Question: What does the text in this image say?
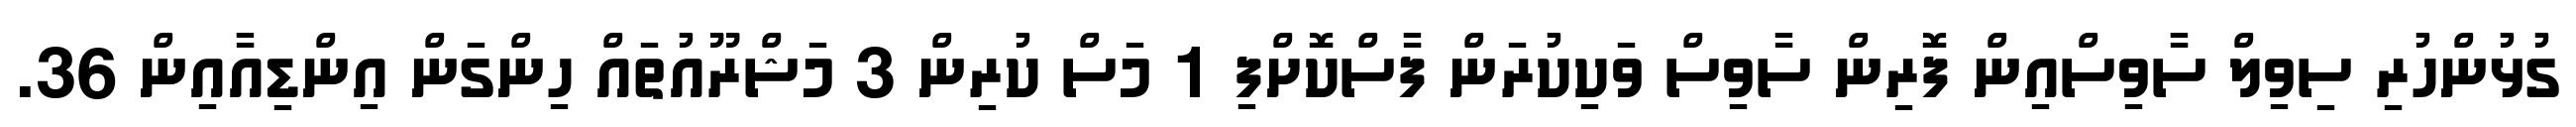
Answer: ގުޅުންހުރި ސިވިލް ސާވިސްއިން ފޮރިން ސާވިސް ވަކިކުރަން ފާސްކޮށްފި 1 މަސް ކުރިން 3 މަޝްރޫއުތައް ހިންގަން އިންޑިއާއިން 36.